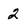
Character: 2